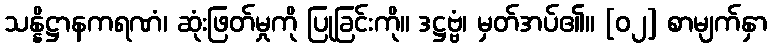
သန္နိဋ္ဌာနကရဏံ၊ ဆုံးဖြတ်မှုကို ပြုခြင်းကို။ ဒဋ္ဌဗ္ဗံ၊ မှတ်အပ်၏။ [၀၂] စာမျက်နှာ